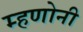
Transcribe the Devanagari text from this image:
म्हणोनी